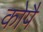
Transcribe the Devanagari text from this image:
कोपै